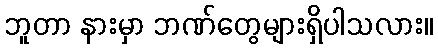
ဘူတာ နားမှာ ဘဏ်တွေများရှိပါသလား။